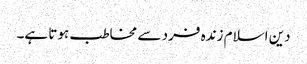
دین اسلام زندہ فرد سے مخاطب ہوتا ہے۔